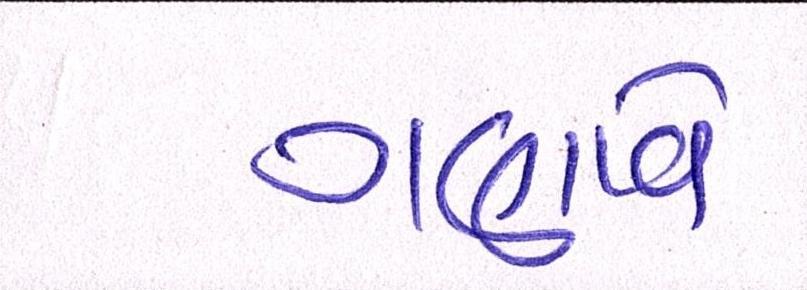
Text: ગણાવે